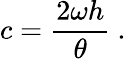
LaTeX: c={\frac{2\omega h}{\theta}}\ .